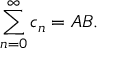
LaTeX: \sum _ { n = 0 } ^ { \infty } c _ { n } = A B .